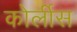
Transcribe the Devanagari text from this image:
कोर्लीस